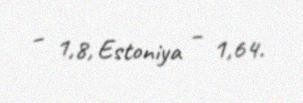
– 1,8, Estoniya – 1,64.